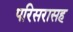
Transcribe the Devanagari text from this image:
परिसरासह